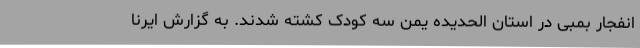
انفجار بمبی در استان الحدیده یمن سه کودک کشته شدند. به گزارش ایرنا